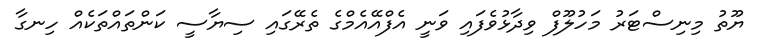
ޔޫތު މިނިސްޓަރު މަހުލޫފް ވިދާޅުވެފައި ވަނީ އެފްއޭއެމްގެ ތެރޭގައި ސިޔާސީ ކަންތައްތަކެއް ހިނގާ